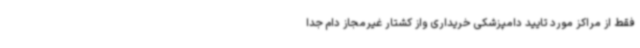
فقط از مراکز مورد تایید دامپزشکی خریداری واز کشتار غیرمجاز دام جدا